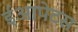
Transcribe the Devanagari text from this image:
ईआपेटस